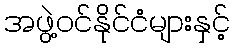
အဖွဲ့ဝင်နိုင်ငံများနှင့်